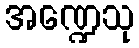
အဏ္ဍေသု